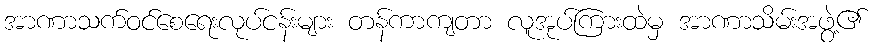
အာဏာသက်ဝင်စေရေးလုပ်ငန်းများ တန်ကာကျတာ လူအုပ်ကြားထဲမှ အာဏာသိမ်းအဖွဲ့၏